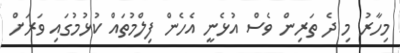
މިހާރު މި ދެ ތަރިން ވެސް އުޅެނީ އެހެން ފިލްމުތައް ކުޅުމުގައި ވަރަށް